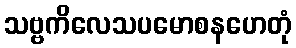
သဗ္ဗကိလေသပမောစနဟေတုံ